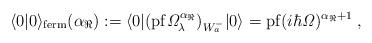
LaTeX: \begin{align*}\langle0|0\rangle_{\mathrm{ferm}}({\alpha_{\Re}}):=\langle0|(\mathrm{pf}\mathit{\Omega}_\lambda^{{\alpha_{\Re}}})_{W_a^-}|0\rangle=\mathrm{pf}({i\hbar \mathit{\Omega}})^{{\alpha_{\Re}}+1}\;,\end{align*}